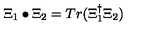
\Xi _ { 1 } \bullet \Xi _ { 2 } = T r ( \Xi _ { 1 } ^ { \dagger } \Xi _ { 2 } )